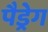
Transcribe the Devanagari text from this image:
पैड्रेग